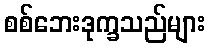
စစ်ဘေးဒုက္ခသည်များ